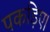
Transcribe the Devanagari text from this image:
पकड़िए।